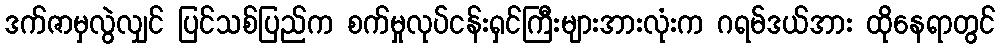
ဒက်ဇာမှလွဲလျှင် ပြင်သစ်ပြည်က စက်မှုလုပ်ငန်းရှင်ကြီးများအားလုံးက ဂရမ်ဒယ်အား ထိုနေရာတွင်